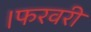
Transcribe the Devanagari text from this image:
।फरवरी